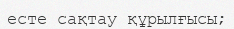
есте сақтау құрылғысы;